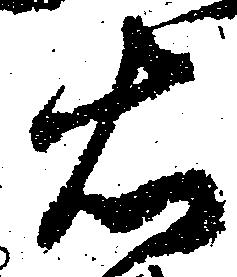
右